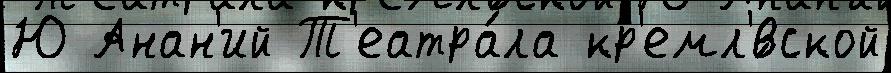
Ю Анан'ий Т'еатра́ла кр'емл'́вской